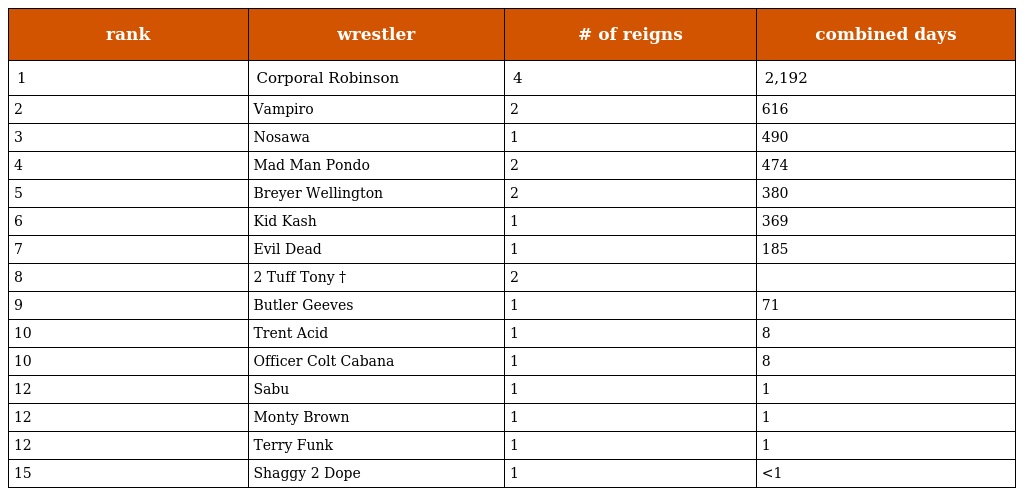
| rank | wrestler | # of reigns | combined days |
 | --- | --- | --- | --- |
 | 1 | Corporal Robinson | 4 | 2,192 |
 | 2 | Vampiro | 2 | 616 |
 | 3 | Nosawa | 1 | 490 |
 | 4 | Mad Man Pondo | 2 | 474 |
 | 5 | Breyer Wellington | 2 | 380 |
 | 6 | Kid Kash | 1 | 369 |
 | 7 | Evil Dead | 1 | 185 |
 | 8 | 2 Tuff Tony † | 2 |  |
 | 9 | Butler Geeves | 1 | 71 |
 | 10 | Trent Acid | 1 | 8 |
 | 10 | Officer Colt Cabana | 1 | 8 |
 | 12 | Sabu | 1 | 1 |
 | 12 | Monty Brown | 1 | 1 |
 | 12 | Terry Funk | 1 | 1 |
 | 15 | Shaggy 2 Dope | 1 | <1 |